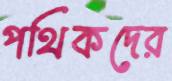
পথিকদের